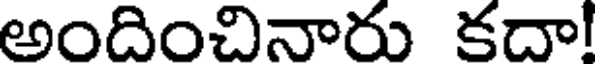
అందించినారు కదా!